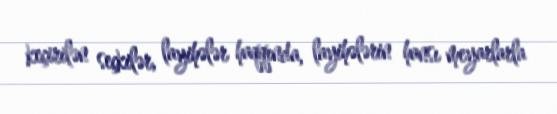
keçirilən seçkilər, layihələr haqqında, layihələrin hansı meyarlarla